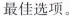
最佳选项.。